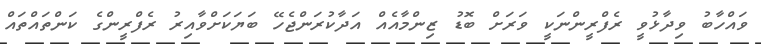
ވައްހާބު ވިދާޅުވީ ރެފްރީންނަކީ ވަރަށް ބޮޑު ޒިންމާއެއް އަދާކުރަންޖެހޭ ބަޔަކަށްވާއިރު ރެފްރީންގެ ކަންތައްތައް